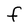
Character: f